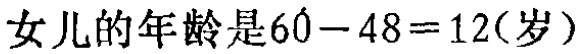
女儿的年龄是\(60 - 48 = 12(\text{岁})\)